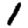
Digit: 1